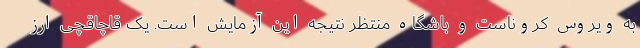
به ویروس کروناست و باشگاه منتظر نتیجه این آزمایش است. یک قاچاقچی ارز